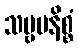
သဗ္ဗမနိစ္စံ